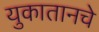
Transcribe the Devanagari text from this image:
युकातानचे